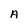
Character: A